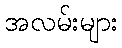
အလမ်းများ